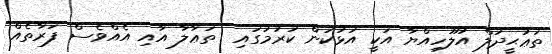
ތަޢުޙީދުލް އުލޫހިއްޔާ އަކީ އަޅުކަން ކުރުމުގައި  ތަޢާލާ އާއި އެއްވެސް ފަރާތެއް